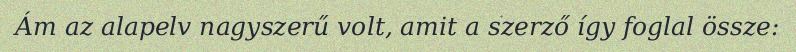
Ám az alapelv nagyszerű volt, amit a szerző így foglal össze: